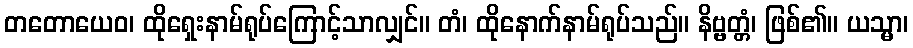
တတောယေဝ၊ ထိုရှေးနာမ်ရုပ်ကြောင့်သာလျှင်။ တံ၊ ထိုနောက်နာမ်ရုပ်သည်။ နိဗ္ဗတ္တံ၊ ဖြစ်၏။ ယသ္မာ၊